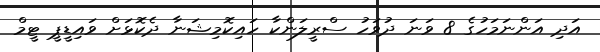
އަދި އަންނަމަހުގެ 8 ވަނަ ދުވަހު ސްރީލަންކާ ހައިކޮމިޝަނާ ދެކޮޅަށް ވައިޑީޕީ ޓީމް